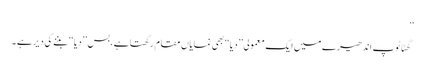
‘‘
گھٹاٹوپ اندھیرے میں ایک معمولی’’ دِیا‘‘بھی نمایاں مقام رکھتا ہے ،بس ’’دِیا‘‘ بننے کی دیر ہے ۔